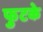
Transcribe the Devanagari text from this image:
फुटके